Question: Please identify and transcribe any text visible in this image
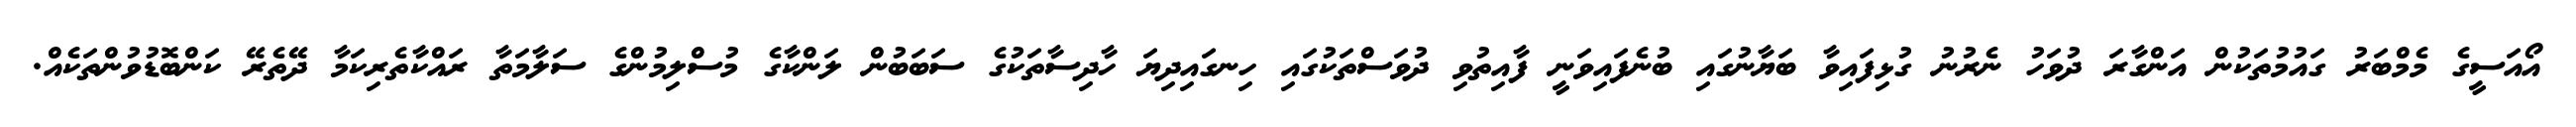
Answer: އޯއަސީގެ މެމްބަރު ގައުމުތަކުން އަންގާރަ ދުވަހު ނެރުނު ގުޅިފައިވާ ބަޔާނުގައި ބުނެފައިވަނީ ފާއިތުވި ދުވަސްތަކުގައި ހިނގައިދިޔަ ހާދިސާތަކުގެ ސަބަބުން ލަންކާގެ މުސްލިމުންގެ ސަލާމަތާ ރައްކާތެރިކަމާ ދޭތެރޭ ކަންބޮޑުވުންތަކެއް.